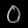
Digit: ၀